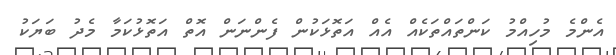
އެންމެ މުހިއްމު ކަންތައްތަކެއް އެއް އަތޮޅަކުން ފެންނަން އޮތް އަތޮޅުކަމާ މެދު ބަޔަކު